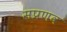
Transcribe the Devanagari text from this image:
सप्रणव